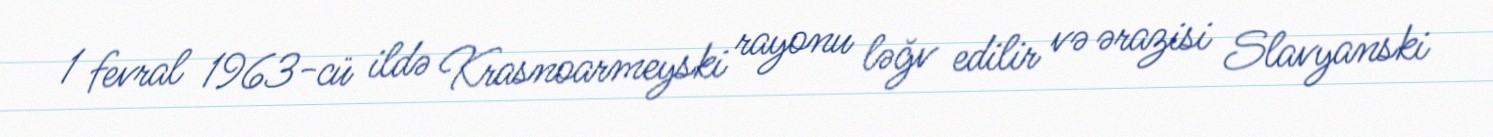
1 fevral 1963-cü ildə Krasnoarmeyski rayonu ləğv edilir və ərazisi Slavyanski